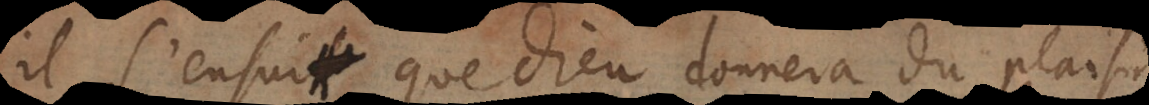
il s’ensuit que Dieu donnera du plaisir